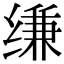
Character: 缣